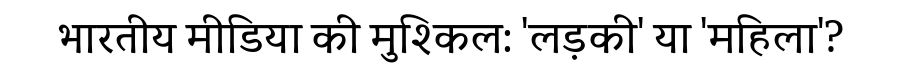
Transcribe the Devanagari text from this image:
भारतीय मीडिया की मुश्किल: 'लड़की' या 'महिला'?